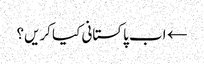
← اب پاکستانی کیا کریں؟